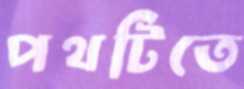
পথটিতে